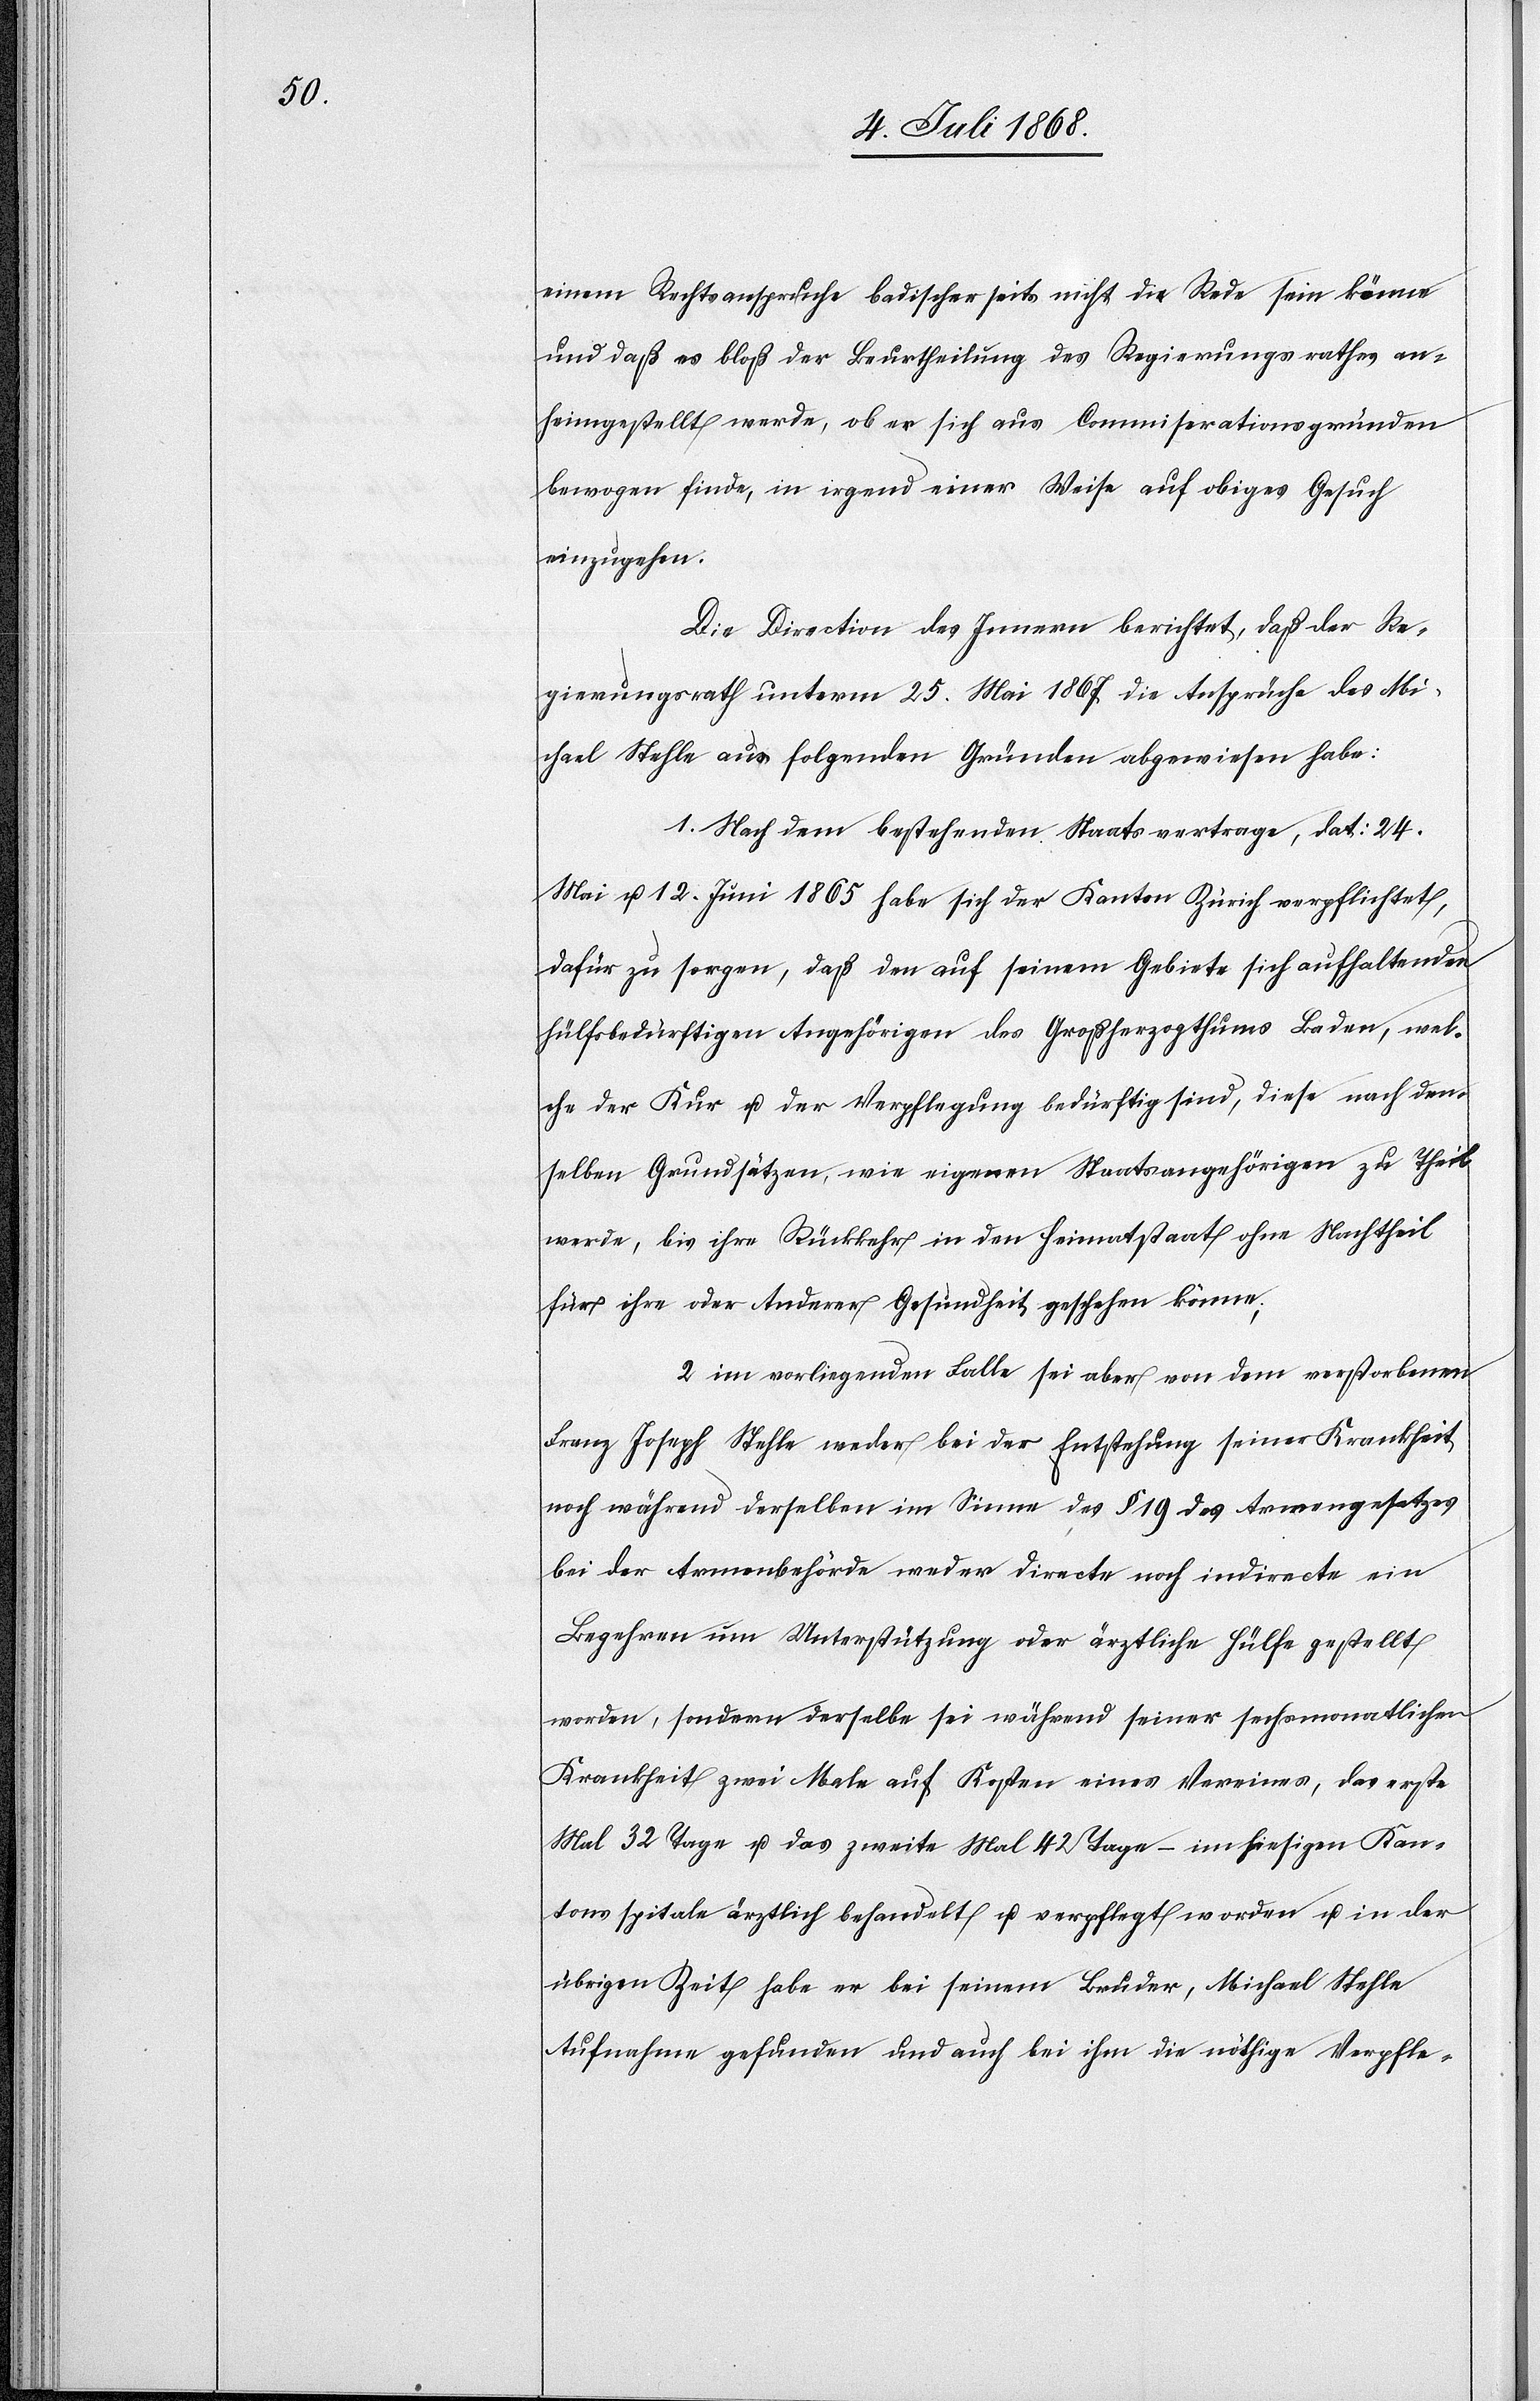
einem Rechtsanspruche badischerseits nicht die Rede sein könne
und daß es bloß der Beurtheilung des Regierungsrathes an¬
heimgestellt werde, ob er sich aus Commiserationsgründen
bewogen finde, in irgend einer Weise auf obiges Gesuch
einzugehen.
Die Direction des Innern berichtet, daß der Re¬
gierungsrath unterm 25. Mai 1867 die Ansprüche des Mi¬
chael Stehle aus folgenden Gründen abgewiesen habe:
1. Nach dem bestehenden Staatsvertrage, dat: 24.
Mai u. 12. Juni 1865 habe sich der Kanton Zürich verpflichtet,
dafür zu sorgen, daß den auf seinem Gebiete sich aufhaltenden
hülfsbedürftigen Angehörigen des Großherzogthums Baden, wel¬
che der Kur u. der Verpflegung bedürftig sind, diese nach den¬
selben Grundsätzen, wie eigenen Staatsangehörigen zu Theil
werde, bis ihre Rückkehr in den Heimatstaat ohne Nachtheil
für ihre oder Anderer Gesundheit geschehen könne;
2. im vorliegenden Falle sei aber von dem verstorbenen
Franz Joseph Stehle weder bei der Entstehung seiner Krankheit
noch während derselben im Sinne des § 19 des Armengesetzes
bei der Armenbehörde weder directe noch indirecte ein
Begehren um Unterstützung oder ärztliche Hülfe gestellt
worden, sondern derselbe sei während seiner sechsmonatlichen
Krankheit zwei Male auf Kosten eines Vereines, das erste
Mal 32 Tage u. das zweite Mal 42 Tage – im hiesigen Kan¬
tonsspitale ärztlich behandelt u. verpflegt worden u. in der
übrigen Zeit habe er bei seinem Bruder, Michael Stehle
Aufnahme gefunden und auch bei ihm die nöthige Verpfle-